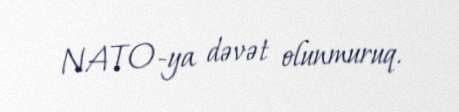
NATO-ya dəvət olunmuruq.